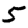
Digit: 5